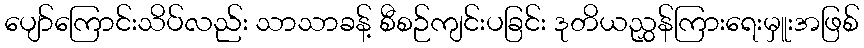
ပျော်ကြောင်းသိပ်လည်း သာသာခန့် စီစဉ်ကျင်းပခြင်း ဒုတိယညွှန်ကြားရေးမှူးအဖြစ်